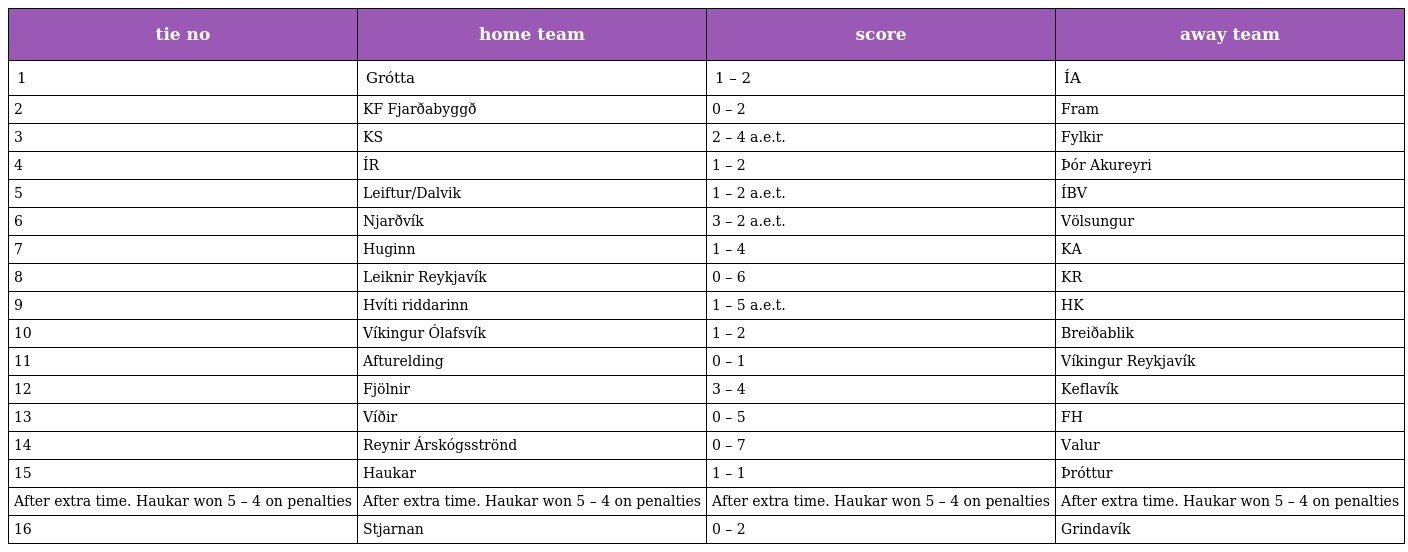
| tie no | home team | score | away team |
 | --- | --- | --- | --- |
 | 1 | Grótta | 1 – 2 | ÍA |
 | 2 | KF Fjarðabyggð | 0 – 2 | Fram |
 | 3 | KS | 2 – 4 a.e.t. | Fylkir |
 | 4 | ÍR | 1 – 2 | Þór Akureyri |
 | 5 | Leiftur/Dalvik | 1 – 2 a.e.t. | ÍBV |
 | 6 | Njarðvík | 3 – 2 a.e.t. | Völsungur |
 | 7 | Huginn | 1 – 4 | KA |
 | 8 | Leiknir Reykjavík | 0 – 6 | KR |
 | 9 | Hvíti riddarinn | 1 – 5 a.e.t. | HK |
 | 10 | Víkingur Ólafsvík | 1 – 2 | Breiðablik |
 | 11 | Afturelding | 0 – 1 | Víkingur Reykjavík |
 | 12 | Fjölnir | 3 – 4 | Keflavík |
 | 13 | Víðir | 0 – 5 | FH |
 | 14 | Reynir Árskógsströnd | 0 – 7 | Valur |
 | 15 | Haukar | 1 – 1 | Þróttur |
 | After extra time. Haukar won 5 – 4 on penalties | After extra time. Haukar won 5 – 4 on penalties | After extra time. Haukar won 5 – 4 on penalties | After extra time. Haukar won 5 – 4 on penalties |
 | 16 | Stjarnan | 0 – 2 | Grindavík |